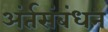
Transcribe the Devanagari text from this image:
अंर्तसंबंधन